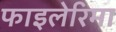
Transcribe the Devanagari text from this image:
फाइलेरिमा